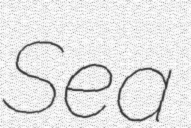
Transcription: Sea